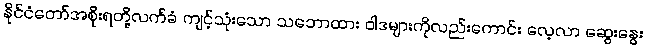
နိုင်ငံတော်အစိုးရတို့လက်ခံ ကျင့်သုံးသော သဘောထား ဝါဒများကိုလည်းကောင်း လေ့လာ ဆွေးနွေး